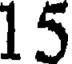
15